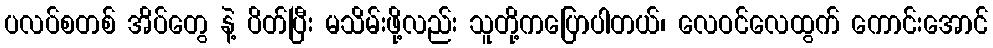
ပလပ်စတစ် အိပ်တွေ နဲ့ ပိတ်ပြီး မသိမ်းဖို့လည်း သူတို့ကပြောပါတယ်၊ လေဝင်လေထွက် ကောင်းအောင်